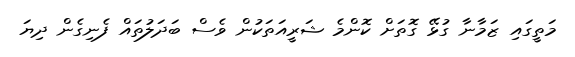
މަތީގައި ޒަމާނާ ގުޅޭ ގޮތަށް ކޮންމެ ޝަރީއަތަކުން ވެސް ބަދަލުތައް ފެނިގެން ދިޔަ